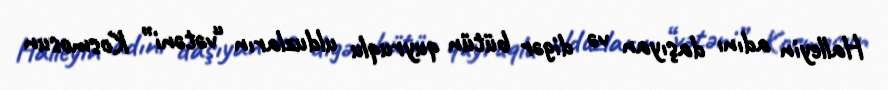
Halleyin adını daşıyan və digər bütün quyruqlu ulduzların “vətəni” Kosmosun